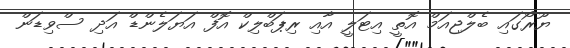
ޔޫރޯގައި ބެލްޖިއަމް އޮތީ އިޓަލީ އާއި ރިޕަބްލިކް އޮފް އަޔަލެންޑް އަދި ސްވިޑަން